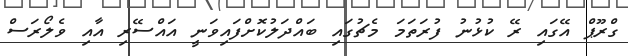
ގްރޫޕް އޭގައި ރޭ ކުޅުނު ފުރަތަމަ މެޗުގައި ބައްދަލުކޮށްފައިވަނީ އައްސޭރި އާއި ވެލޯރަސް